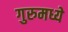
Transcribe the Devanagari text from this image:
गुरुमध्ये